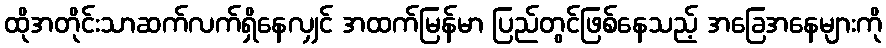
ထိုအတိုင်းသာဆက်လက်ရှိနေလျှင် အထက်မြန်မာ ပြည်တွင်ဖြစ်နေသည့် အခြေအနေများကို